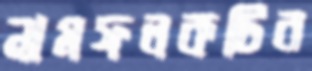
নামফলকটির